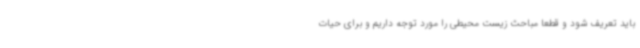
باید تعریف شود و قطعا مباحث زیست محیطی را مورد توجه داریم و برای حیات